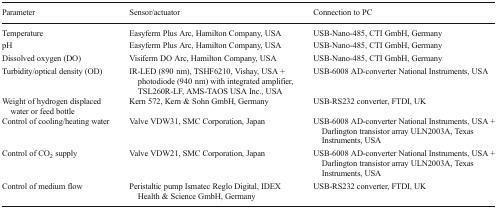
<table><thead><tr><td><b>Parameter</b></td><td><b>Sensor/actuator</b></td><td><b>Connection to PC</b></td></tr></thead><tbody><tr><td>Temperature</td><td>Easyferm Plus Arc, Hamilton Company, USA</td><td>USB-Nano-485, CTI GmbH, Germany</td></tr><tr><td>pH</td><td>Easyferm Plus Arc, Hamilton Company, USA</td><td>USB-Nano-485, CTI GmbH, Germany</td></tr><tr><td>Dissolved oxygen (DO)</td><td>Visiferm DO Arc, Hamilton Company, USA</td><td>USB-Nano-485, CTI GmbH, Germany</td></tr><tr><td>Turbidity/optical density (OD)</td><td>IR-LED (890 nm), TSHF6210, Vishay, USA + photodiode (940 nm) with integrated amplifier, TSL260R-LF, AMS-TAOS USA Inc., USA</td><td>USB-6008 AD-converter National Instruments, USA</td></tr><tr><td>Weight of hydrogen displaced water or feed bottle</td><td>Kern 572, Kern &amp; Sohn GmbH, Germany</td><td>USB-RS232 converter, FTDI, UK</td></tr><tr><td>Control of cooling/heating water</td><td>Valve VDW31, SMC Corporation, Japan</td><td>USB-6008 AD-converter National Instruments, USA + Darlington transistor array ULN2003A, Texas Instruments, USA</td></tr><tr><td>Control of CO<sub>2</sub> supply</td><td>Valve VDW21, SMC Corporation, Japan</td><td>USB-6008 AD-converter National Instruments, USA + Darlington transistor array ULN2003A, Texas Instruments, USA</td></tr><tr><td>Control of medium flow</td><td>Peristaltic pump Ismatec Reglo Digital, IDEX Health &amp; Science GmbH, Germany</td><td>USB-RS232 converter, FTDI, UK</td></tr></tbody></table>